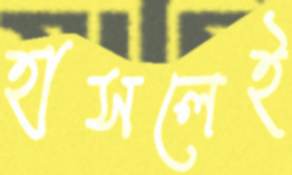
হাসলেই